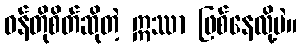
ဝန်တိုစိတ်ဆိုတဲ့ ဣဿာ ဖြစ်နေလို့ပဲ။